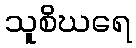
သူစိဃရေ